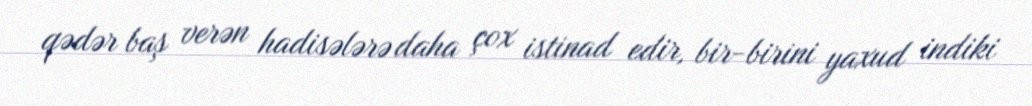
qədər baş verən hadisələrə daha çox istinad edir, bir-birini yaxud indiki